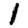
Digit: 1